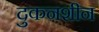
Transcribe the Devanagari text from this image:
दुकनशीन